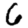
Digit: 6